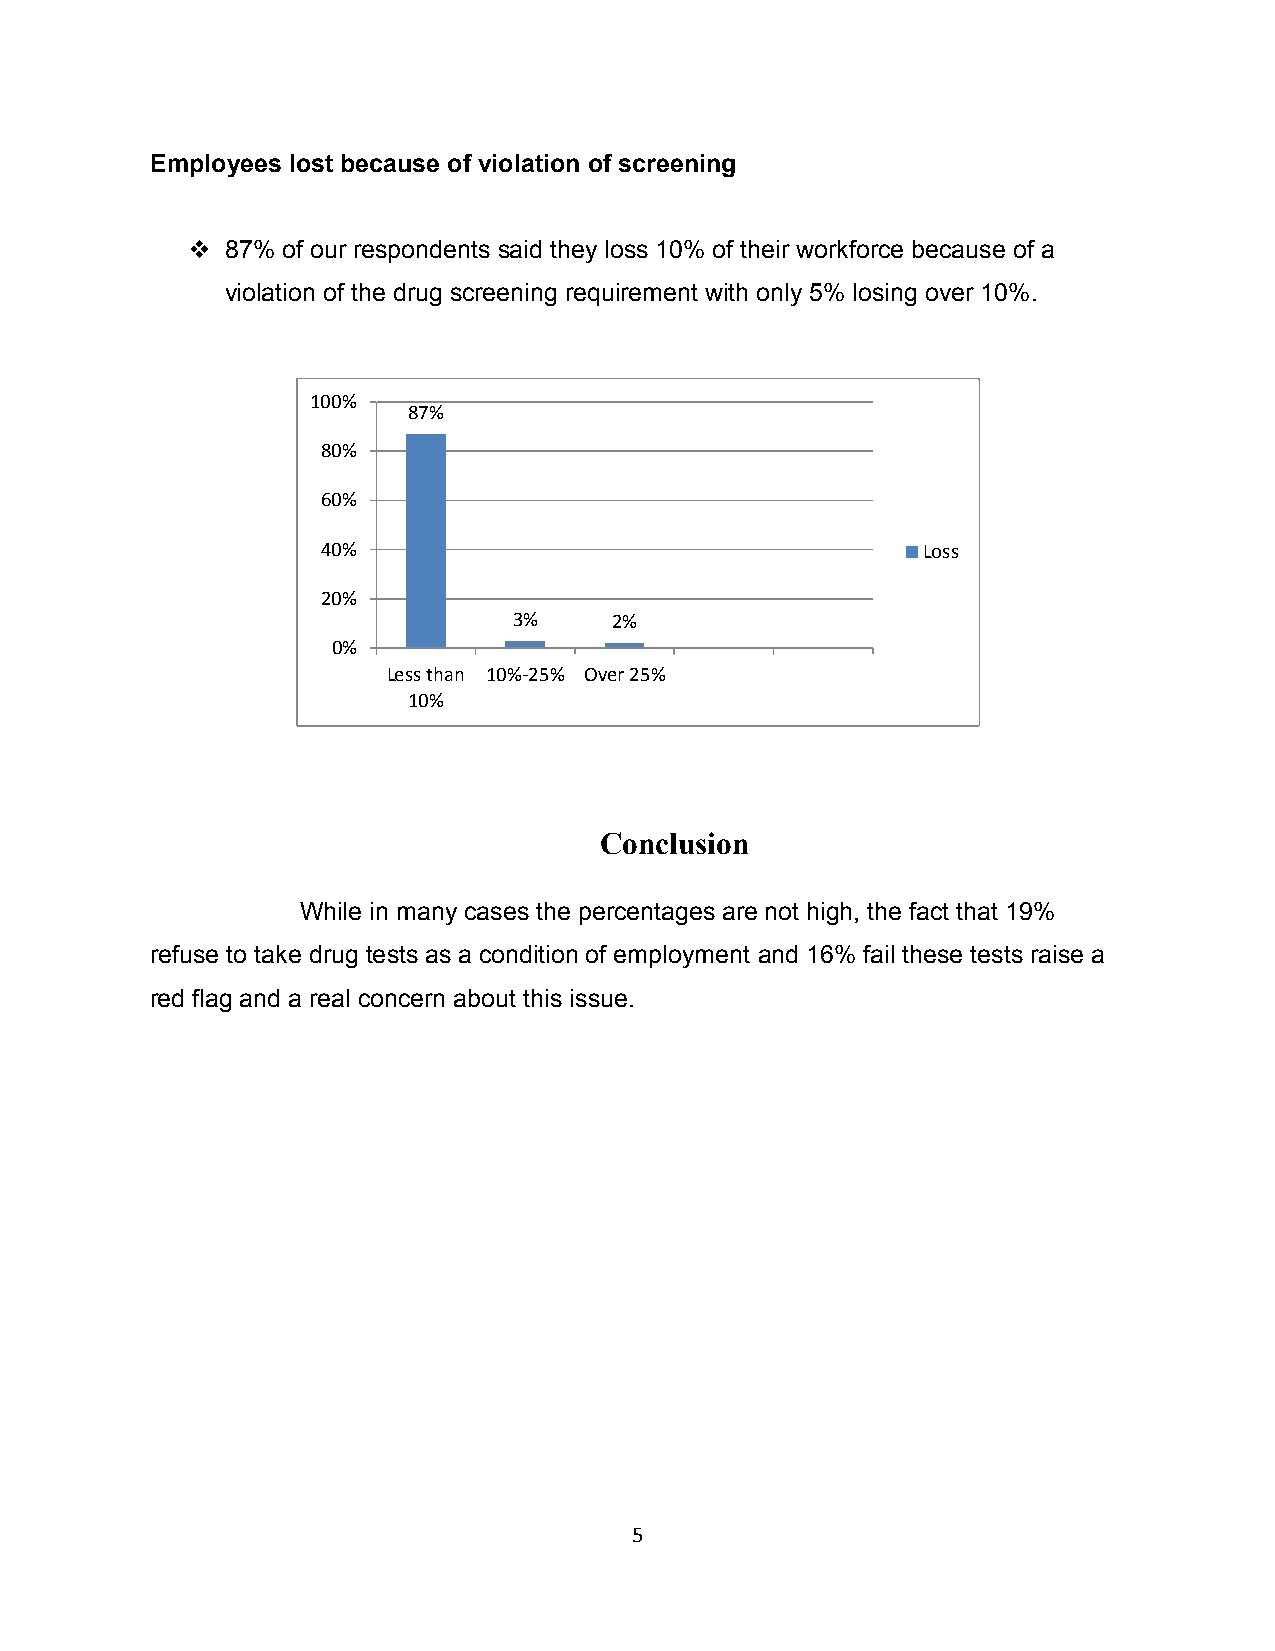
Employees lost because of violation of screening
   87% of our respondents said they loss 10% of their workforce because of a
 violation of the drug screening requirement with only 5% losing over 10%.
 100%
 87%
 80%
 60%
 40%                                     Loss
 20%
 3%     2%
 0%
 Less than 10%-25% Over 25%
 10%
 Conclusion
 While in many cases the percentages are not high, the fact that 19%
 refuse to take drug tests as a condition of employment and 16% fail these tests raise a
 red flag and a real concern about this issue.
 5